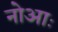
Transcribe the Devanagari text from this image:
नोआः